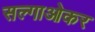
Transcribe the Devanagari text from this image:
सल्गाओकर